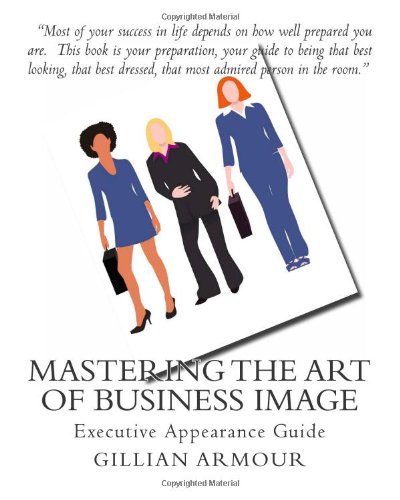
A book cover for Mastering the Art of Business Image: Executive Appearance Guide; Gillian Armour CIP; Business & Money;